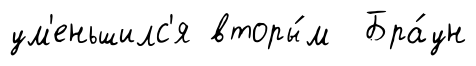
ум'еньшилс'я вторы́м Бра́ун